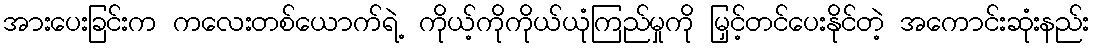
အားပေးခြင်းက ကလေးတစ်ယောက်ရဲ့ ကိုယ့်ကိုကိုယ်ယုံကြည်မှုကို မြှင့်တင်ပေးနိုင်တဲ့ အကောင်းဆုံးနည်း